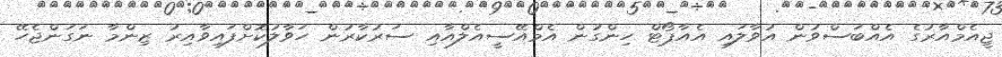
ޖީއެމްއާރުގެ އެއްބަސްވުން އުވާލައި އެއާޕޯޓް ހިންގުން އެމްއޭސީއެލްއާއި ސަރުކާރުން ހަވާލުކޮށްފައިވާއިރު ޒިންމާ ނަގަންޖެހޭ